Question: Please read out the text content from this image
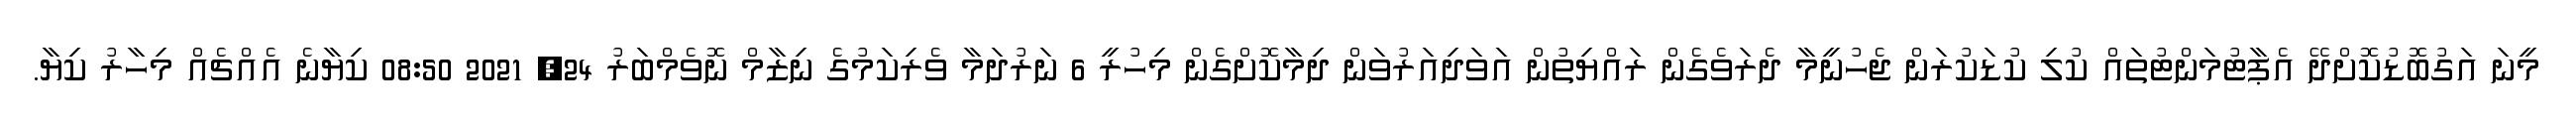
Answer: މީނަ އަގުބޮޑުކޮށްދޭ އެޕާޓުމަންޓުތައް ކުލި ކުޑަކުރަން ޖެހުނީމާ ދެރަވެގެން ރައްޔިތުން އަވަދިއަރުވަން ދިމާކޮށްގެން މިހުރީ 6 ނަރުދަމާ ވެރިކަމުގެ ނިޒާމް ނޮވެމްބަރު 24, 2021 08:50 ކިޔާނެ އެއްޗެއް މިހާރު ކިޔާ.